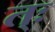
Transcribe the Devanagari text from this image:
त्ः